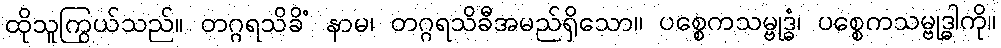
ထိုသူကြွယ်သည်။ တဂ္ဂရသိခိံ နာမ၊ တဂ္ဂရသိခီအမည်ရှိသော။ ပစ္စေကသမ္ဗုဒ္ဓံ၊ ပစ္စေကသမ္ဗုဒ္ဓါကို။